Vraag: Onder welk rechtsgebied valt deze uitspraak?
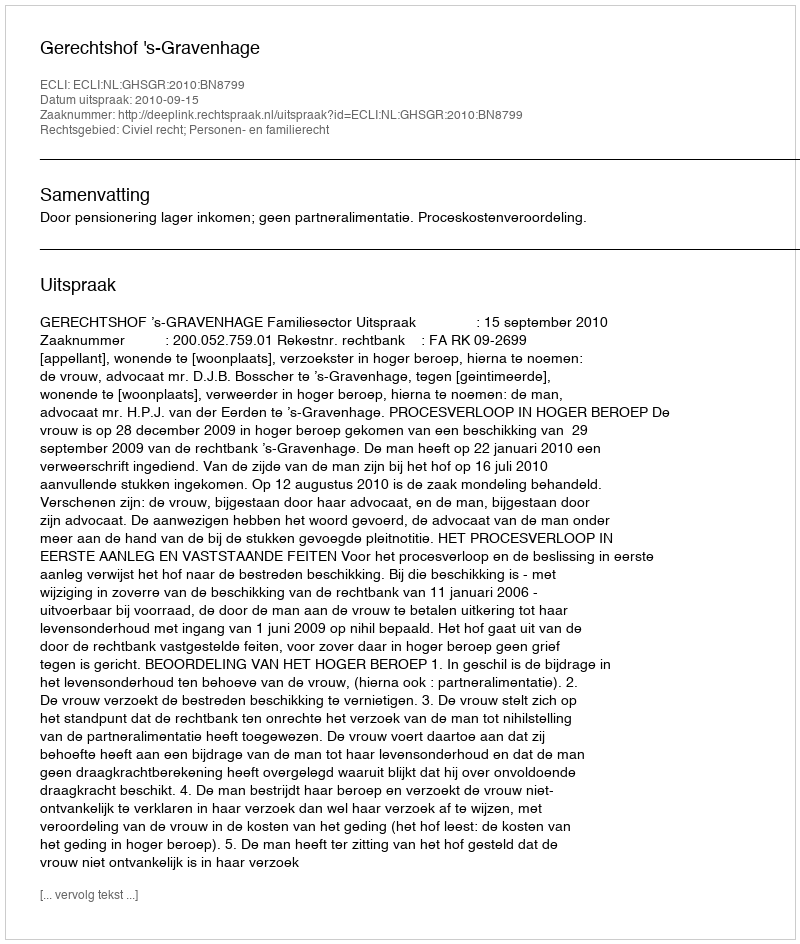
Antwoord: Civiel recht; Personen- en familierecht